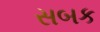
સબક